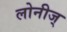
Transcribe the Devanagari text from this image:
लोनीज्